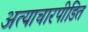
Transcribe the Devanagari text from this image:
अत्याचारपीडित